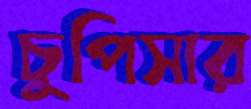
চুপিসার